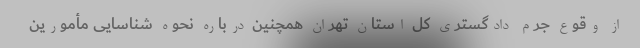
از وقوع جرم دادگستری کل استان تهران همچنین درباره نحوه شناسایی مأمورین